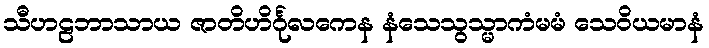
သီဟဠဘာသာယ ဇာတိဟိင်္ဂုလကေန နံသေသွသ္မာကံမမံ သေဝိယမာနံ